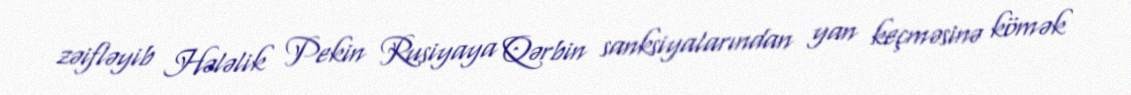
zəifləyib Hələlik Pekin Rusiyaya Qərbin sanksiyalarından yan keçməsinə kömək